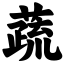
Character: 蔬